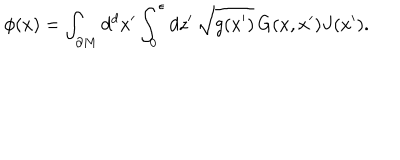
LaTeX: \phi ( x ) = \int _ { \partial M } d ^ { d } x ^ { \prime } \int _ { 0 } ^ { \epsilon } d z ^ { \prime } \, \sqrt { g ( x ^ { \prime } ) } \, G ( x , x ^ { \prime } ) J ( x ^ { \prime } ) .